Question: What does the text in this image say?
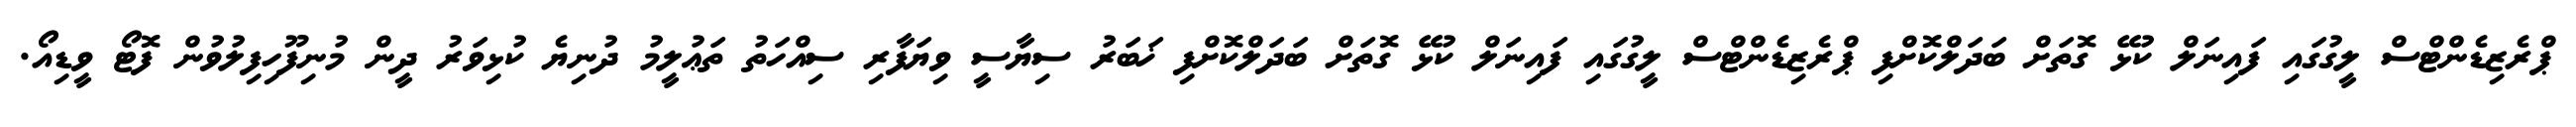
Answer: ޕްރެޒިޑެންޓްސް ލީގުގައި ފައިނަލް ކުޅޭ ގޮތަށް ބަދަލްކޮށްފި ޕްރެޒިޑެންޓްސް ލީގުގައި ފައިނަލް ކުޅޭ ގޮތަށް ބަދަލްކޮށްފި ޚަބަރު ސިޔާސީ ވިޔަފާރި ސިއްހަތު ތަޢުލީމު ދުނިޔެ ކުޅިވަރު ދީން މުނިފޫހިފިލުވުން ފޮޓޯ ވީޑިއޯ.